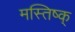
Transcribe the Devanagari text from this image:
मस्तिष्क्